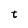
Character: t